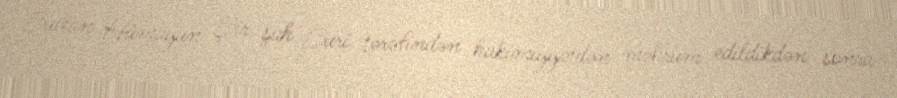
Sultan Hümayun Şir şah Suri tərəfindən hakimiyyətdən məhrum edildikdən sonra